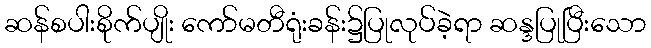
ဆန်စပါးစိုက်ပျိုး ကော်မတီရုံးခန်း၌ပြုလုပ်ခဲ့ရာ ဆန္ဒပြုပြီးသော